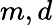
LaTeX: m,d